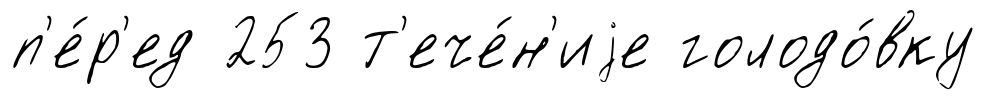
п'е́р'ед 253 т'ече́н'иjе голодо́вку